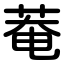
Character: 菴